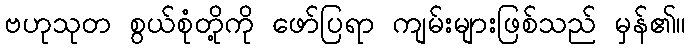
ဗဟုသုတ စွယ်စုံတို့ကို ဖော်ပြရာ ကျမ်းများဖြစ်သည် မှန်၏။